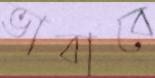
ভাবাবে